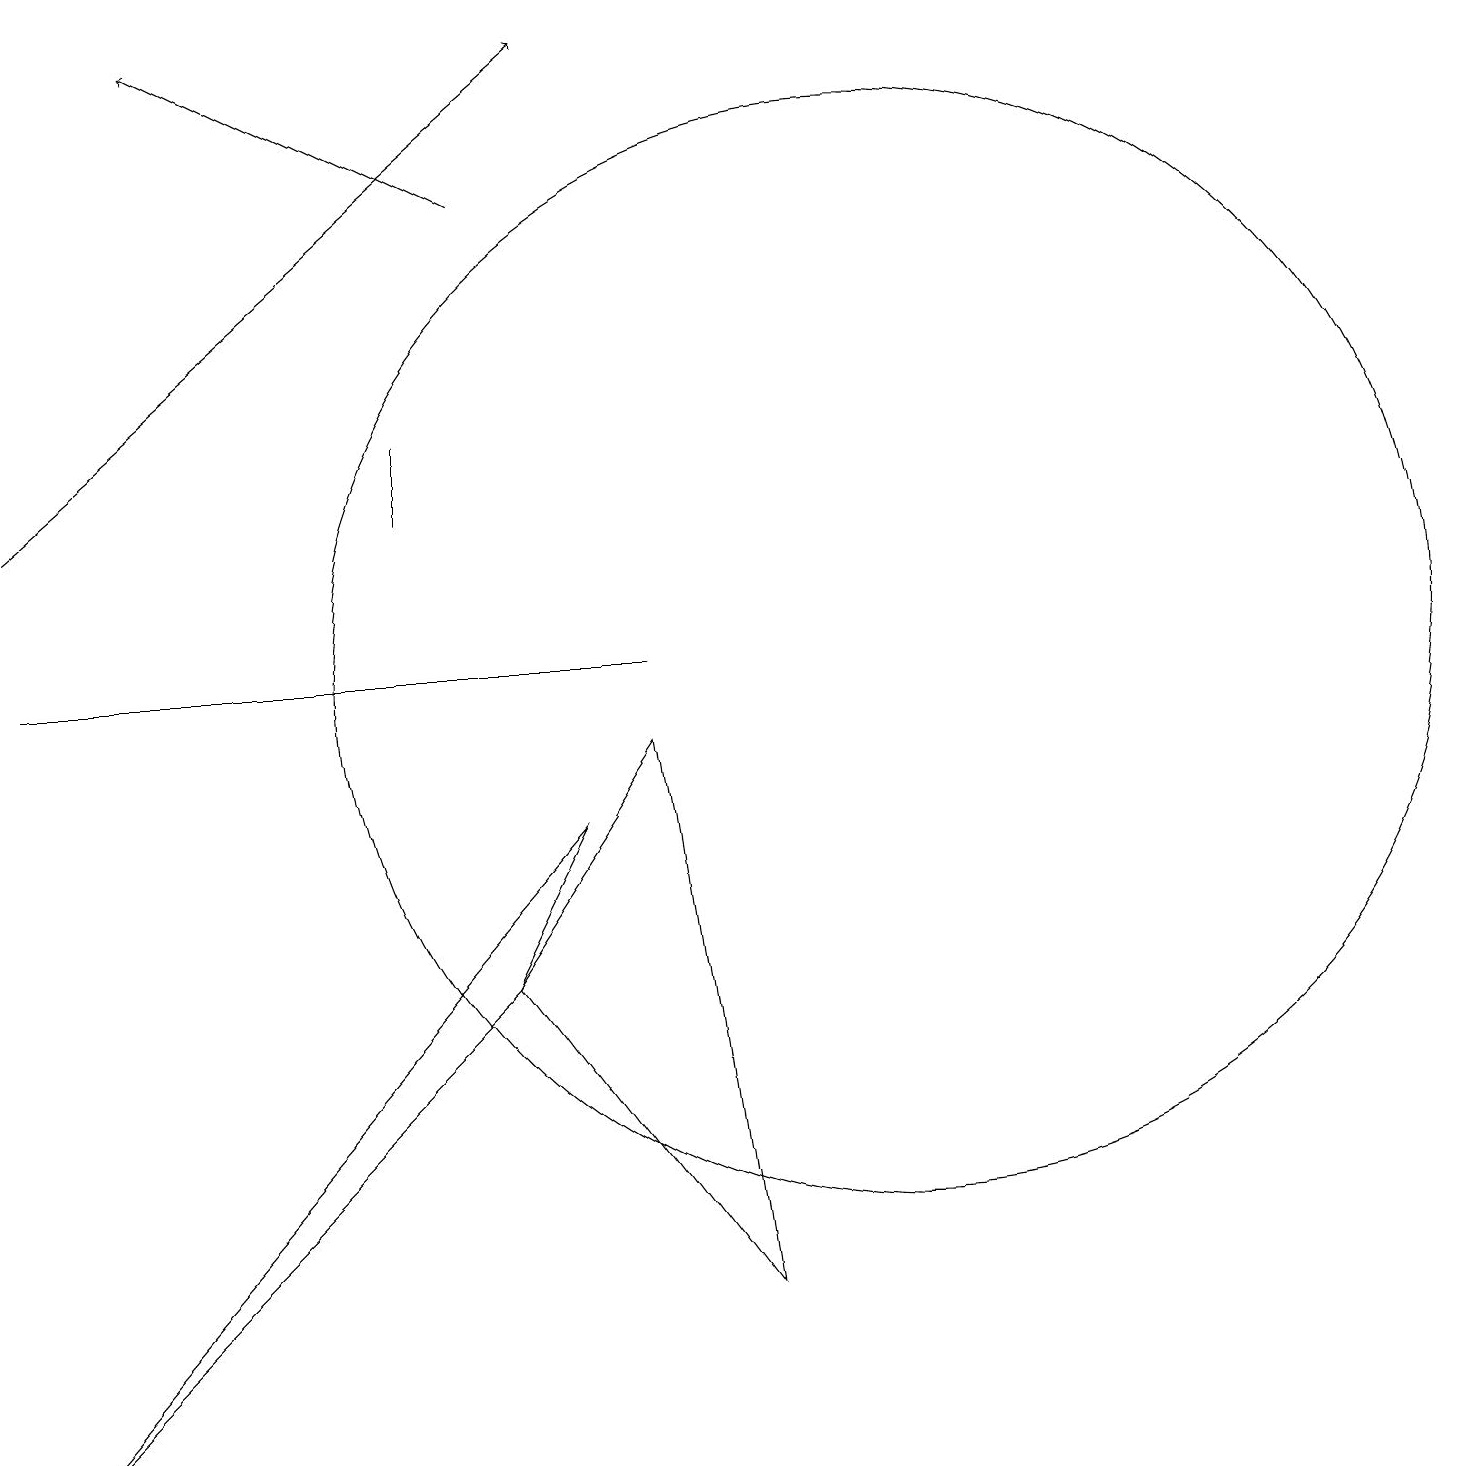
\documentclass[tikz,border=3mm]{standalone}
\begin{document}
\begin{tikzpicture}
\draw[->] (6,16) -- (2,18);
\draw (7,8) -- (0,0) -- (6,6) -- cycle;
\draw (5,13) rectangle (5,12);
\draw (11,10) circle (7);
\draw (8,10) rectangle (0,10);
\draw[->] (0,12) -- (7,18);
\draw (8,9) -- (9,2) -- (6,6) -- cycle;
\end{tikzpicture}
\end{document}